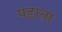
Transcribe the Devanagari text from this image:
पढाता